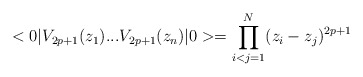
\begin{align*}<0|V_{2p+1}(z_{1})...V_{2p+1}(z_{n})|0>=\prod_{i<j=1}^{N}(z_{i}-z_{j})^{2p+1}\end{align*}